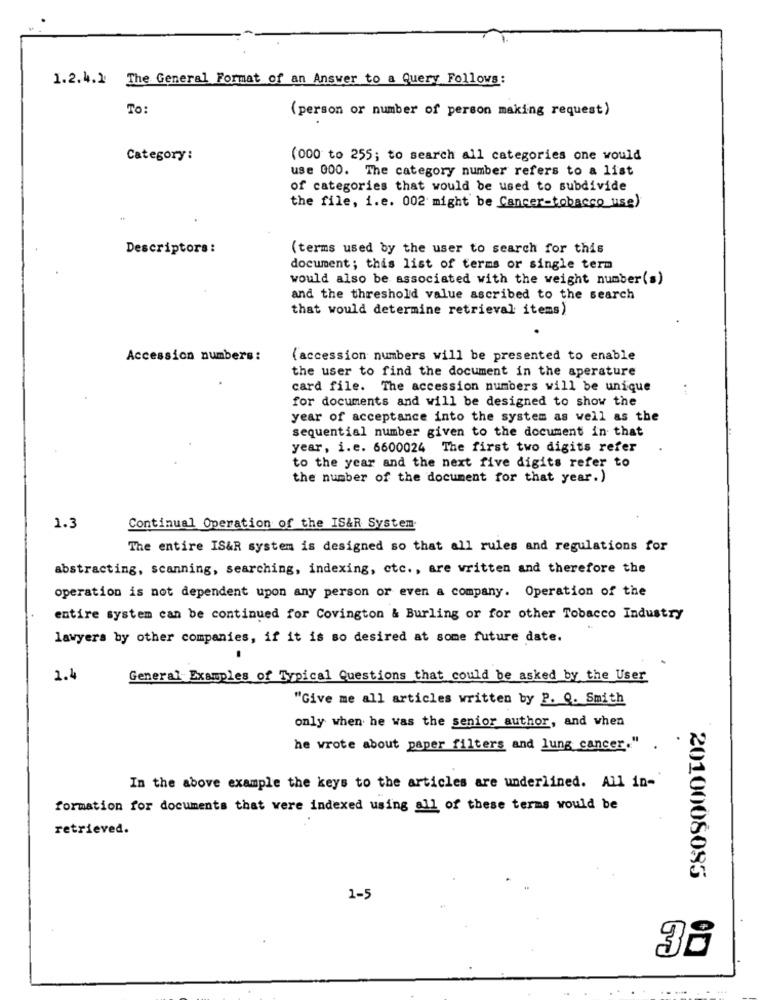
1.2.4.1 The General Format of an Answer to a Query Follows:
TO:
(person or number of person making request)
Category:
(000 to 255; to search all categories one would
use 000. The category number refers to a list
of categories that would be used to subdivide
the file, i.e. 002 might be Cancer-tobacco use)
Descriptors :
(terms used by the user to search for this
document; this list of terms or single term
would also be associated with the weight number(s)
and the threshold value ascribed to the search
that would determine retrieval items)
Accession numbers:
(accession numbers will be presented to enable
the user to find the document in the aperature
card file. The accession numbers will be unique
for documents and will be designed to show the
year of acceptance into the system as well as the
sequential number given to the document in that
year, i.e. 6600024 The first two digits refer
to the year and the next five digits refer to
the number of the document for that year.)
1.3
Continual Operation of the IS&R System
The entire IS&R system is designed so that all rules and regulations for
abstracting, scanning, searching, indexing, etc ., are written and therefore the
operation is not dependent upon any person or even a company. Operation of the
entire system can be continued for Covington & Burling or for other Tobacco Industry
lawyers by other companies, if it is so desired at some future date.
1.4
General Examples of Typical Questions that could be asked by the User
"Give me all articles written by P. Q. Smith
only when he was the senior author, and when
he wrote about paper filters and lung cancer."
In the above example the keys to the articles are underlined. All in-
formation for documents that were indexed using all of these terms would be
retrieved.
2010008085
1-5
38